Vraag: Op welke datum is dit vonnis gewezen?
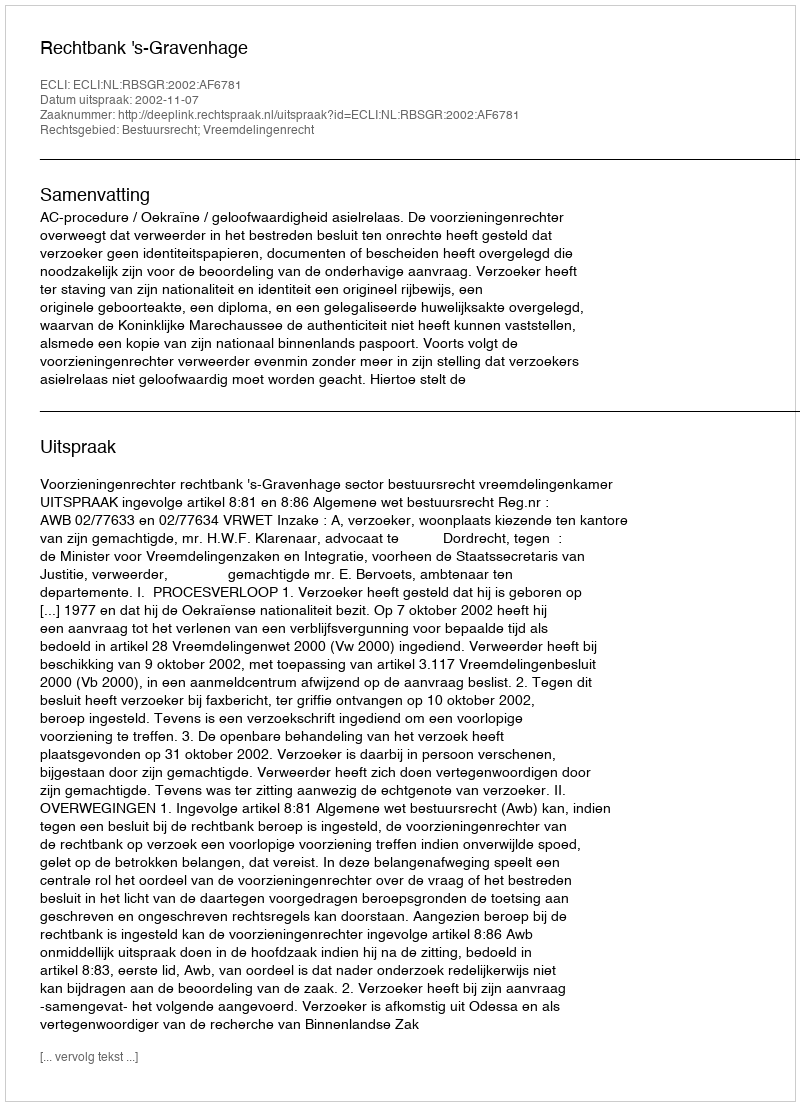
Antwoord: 2002-11-07